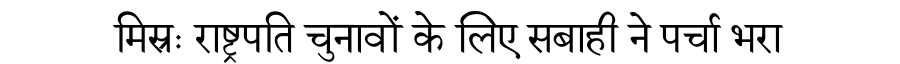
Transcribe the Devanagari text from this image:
मिस्रः राष्ट्रपति चुनावों के लिए सबाही ने पर्चा भरा